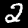
Label: 2